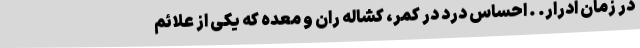
در زمان ادرار. . احساس درد در کمر، کشاله ران و معده که یکی از علائم